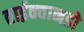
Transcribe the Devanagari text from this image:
ताईक्वानडो